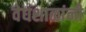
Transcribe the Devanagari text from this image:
वेधशाळांनी